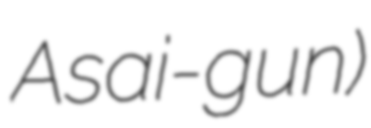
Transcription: Asai-gun)